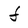
Character: f